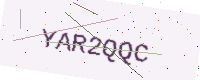
Text: YAR2QQC